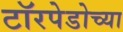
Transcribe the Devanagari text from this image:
टॉरपेडोच्या